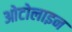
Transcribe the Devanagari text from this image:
ओटोलाइन